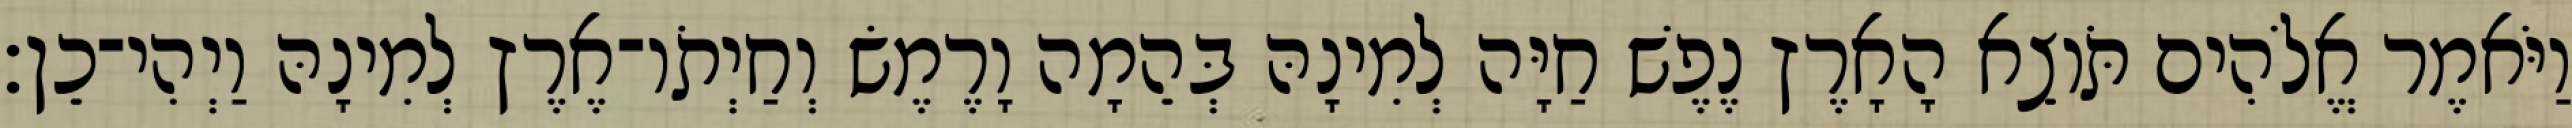
וַיֹּאמֶר אֱלֹהִים תֹּוצֵא הָאָרֶץ נֶפֶשׁ חַיָּה לְמִינָהּ בְּהֵמָה וָרֶמֶשׂ וְחַיְתֹו־אֶרֶץ לְמִינָהּ וַיְהִי־כֵן׃